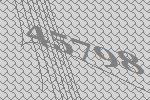
45798